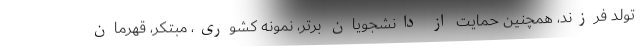
تولد فرزند، همچنین حمایت از دانشجویان برتر، نمونه کشوری، مبتکر، قهرمان